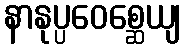
နာနုပ္ပဝေစ္ဆေယျ